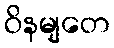
ဝိနမျတေ